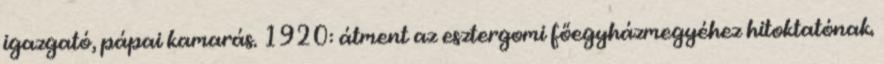
igazgató, pápai kamarás. 1920: átment az esztergomi főegyházmegyéhez hitoktatónak.